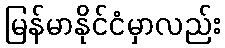
မြန်မာနိုင်ငံမှာလည်း